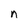
Character: n